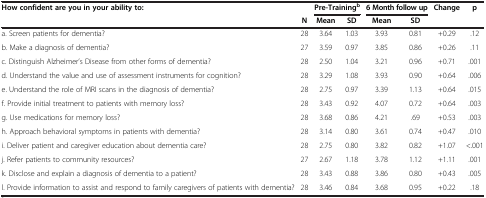
| <COLSPAN=2> How confident are you in your ability to: | <COLSPAN=2> Pre-Trainingb | <COLSPAN=2> 6 Month follow up | Change | p |
 |  | N | Mean | SD | Mean | SD |  |  |
 | --- | --- | --- | --- | --- | --- | --- | --- |
 | a. Screen patients for dementia? | 28 | 3.64 | 1.03 | 3.93 | 0.81 | +0.29 | .12 |
 | b. Make a diagnosis of dementia? | 27 | 3.59 | 0.97 | 3.85 | 0.86 | +0.26 | .11 |
 | c. Distinguish Alzheimer’s Disease from other forms of dementia? | 28 | 2.50 | 1.04 | 3.21 | 0.96 | +0.71 | .001 |
 | d. Understand the value and use of assessment instruments for cognition? | 28 | 3.29 | 1.08 | 3.93 | 0.90 | +0.64 | .006 |
 | e. Understand the role of MRI scans in the diagnosis of dementia? | 28 | 2.75 | 0.97 | 3.39 | 1.13 | +0.64 | .015 |
 | f. Provide initial treatment to patients with memory loss? | 28 | 3.43 | 0.92 | 4.07 | 0.72 | +0.64 | .003 |
 | g. Use medications for memory loss? | 28 | 3.68 | 0.86 | 4.21 | .69 | +0.53 | .003 |
 | h. Approach behavioral symptoms in patients with dementia? | 28 | 3.14 | 0.80 | 3.61 | 0.74 | +0.47 | .010 |
 | i. Deliver patient and caregiver education about dementia care? | 28 | 2.75 | 0.80 | 3.82 | 0.82 | +1.07 | <.001 |
 | j. Refer patients to community resources? | 27 | 2.67 | 1.18 | 3.78 | 1.12 | +1.11 | .001 |
 | k. Disclose and explain a diagnosis of dementia to a patient? | 28 | 3.43 | 0.88 | 3.86 | 0.80 | +0.43 | .005 |
 | l. Provide information to assist and respond to family caregivers of patients with dementia? | 28 | 3.46 | 0.84 | 3.68 | 0.95 | +0.22 | .18 |